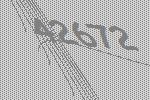
42672